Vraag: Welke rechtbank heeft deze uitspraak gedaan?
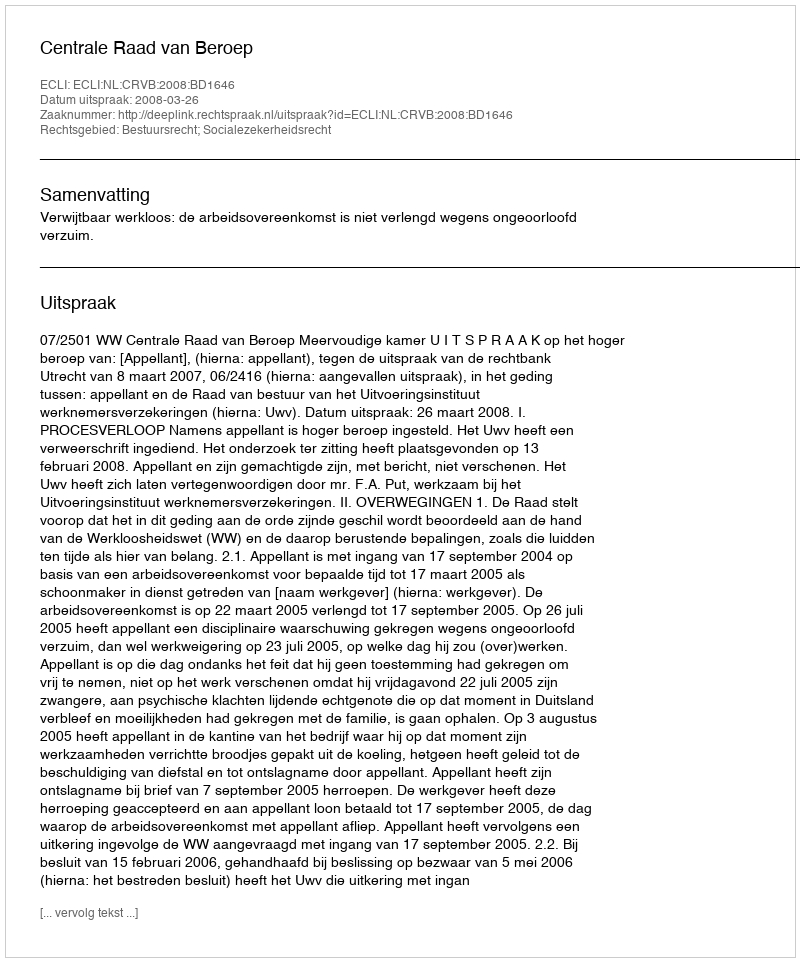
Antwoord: Centrale Raad van Beroep